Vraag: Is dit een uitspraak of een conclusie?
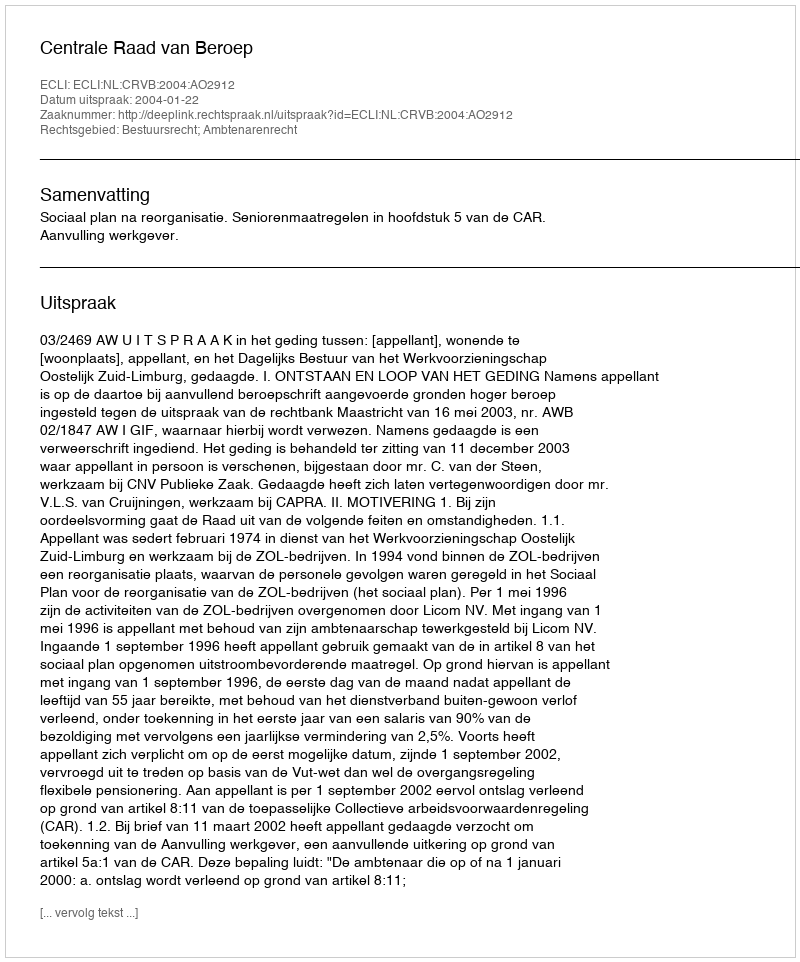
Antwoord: Uitspraak